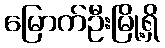
မြောက်ဦးမြို့ရှိ